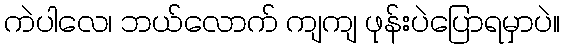
ကဲပါလေ၊ ဘယ်လောက် ကျကျ ဖုန်းပဲပြောရမှာပဲ။